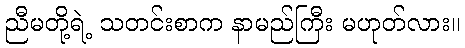
ညီမတို့ရဲ့ သတင်းစာက နာမည်ကြီး မဟုတ်လား။